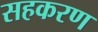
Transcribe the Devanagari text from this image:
सहकरण